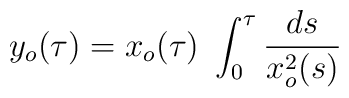
y_{o}(\tau) = x_{o}(\tau) \ \int_{0}^{\tau} {{ds} \over {x_{o}^{2}(s)}}